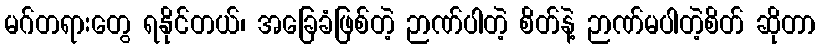
မဂ်တရားတွေ ရနိုင်တယ်၊ အခြေခံဖြစ်တဲ့ ဉာဏ်ပါတဲ့ စိတ်နဲ့ ဉာဏ်မပါတဲ့စိတ် ဆိုတာ